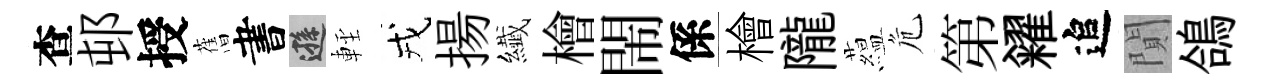
查邨授𦾔書遜䡖戎揚纎檜閙係檜隴藴危第糴追閴鴿